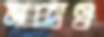
ম্যাক্সও